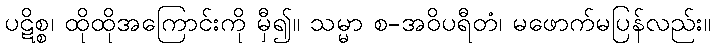
ပဋိစ္စ၊ ထိုထိုအကြောင်းကို မှီ၍။ သမ္မာ စ-အဝိပရီတံ၊ မဖောက်မပြန်လည်း။